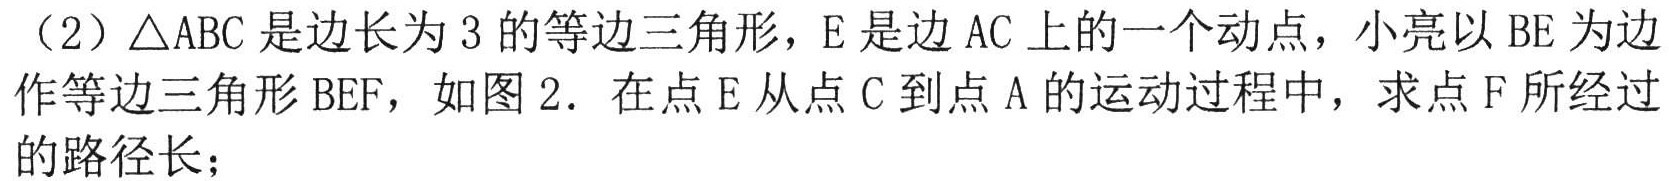
（2）\(\triangle ABC\)是边长为\(3\)的等边三角形，\(E\)是边\(AC\)上的一个动点，小亮以\(BE\)为边作等边三角形\(BEF\)，如图\(2\)．在点\(E\)从点\(C\)到点\(A\)的运动过程中，求点\(F\)所经过的路径长；